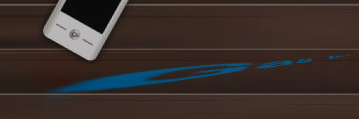
Gas Station